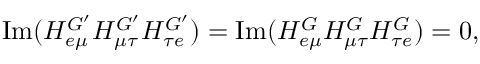
\mathrm { I m } ( H _ { e \mu } ^ { G ^ { \prime } } H _ { \mu \tau } ^ { G ^ { \prime } } H _ { \tau e } ^ { G ^ { \prime } } ) = \mathrm { I m } ( H _ { e \mu } ^ { G } H _ { \mu \tau } ^ { G } H _ { \tau e } ^ { G } ) = 0 ,